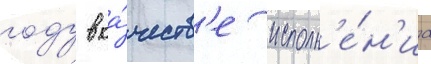
году в ка́честв'е исполн'е́н'иа